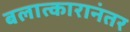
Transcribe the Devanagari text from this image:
बलात्कारानंतर